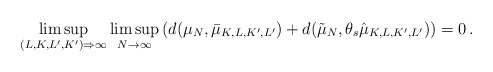
\begin{align*} \limsup_{(L,K,L',K') \Rightarrow \infty} \limsup_{N\to\infty} \left(d(\mu_N,\bar \mu_{K,L,K',L'})+d(\tilde \mu_N,\theta_s\hat \mu_{K,L,K',L'})\right)=0\,. \end{align*}